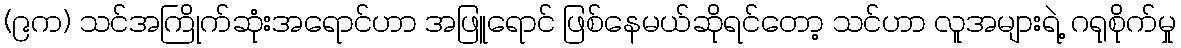
(၉က) သင်အကြိုက်ဆုံးအရောင်ဟာ အဖြူရောင် ဖြစ်နေမယ်ဆိုရင်တော့ သင်ဟာ လူအများရဲ့ ဂရုစိုက်မှု